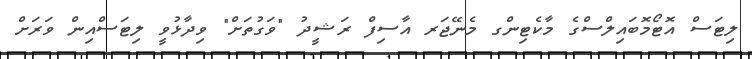
ލިޓަސް އޮޓޯމޮބައިލްސްގެ މާކެޓިންގ މެނޭޖަރ އާސިފް ރަޝީދު "ވަގުތަށް" ވިދާޅުވީ ލިޓަސްއިން ވަރަށް